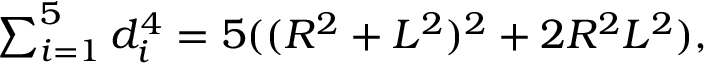
\textstyle \sum _ { i = 1 } ^ { 5 } d _ { i } ^ { 4 } = 5 ( ( R ^ { 2 } + L ^ { 2 } ) ^ { 2 } + 2 R ^ { 2 } L ^ { 2 } ) ,